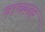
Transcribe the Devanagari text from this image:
वाच्यत्व